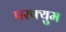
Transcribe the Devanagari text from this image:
परफ्युम